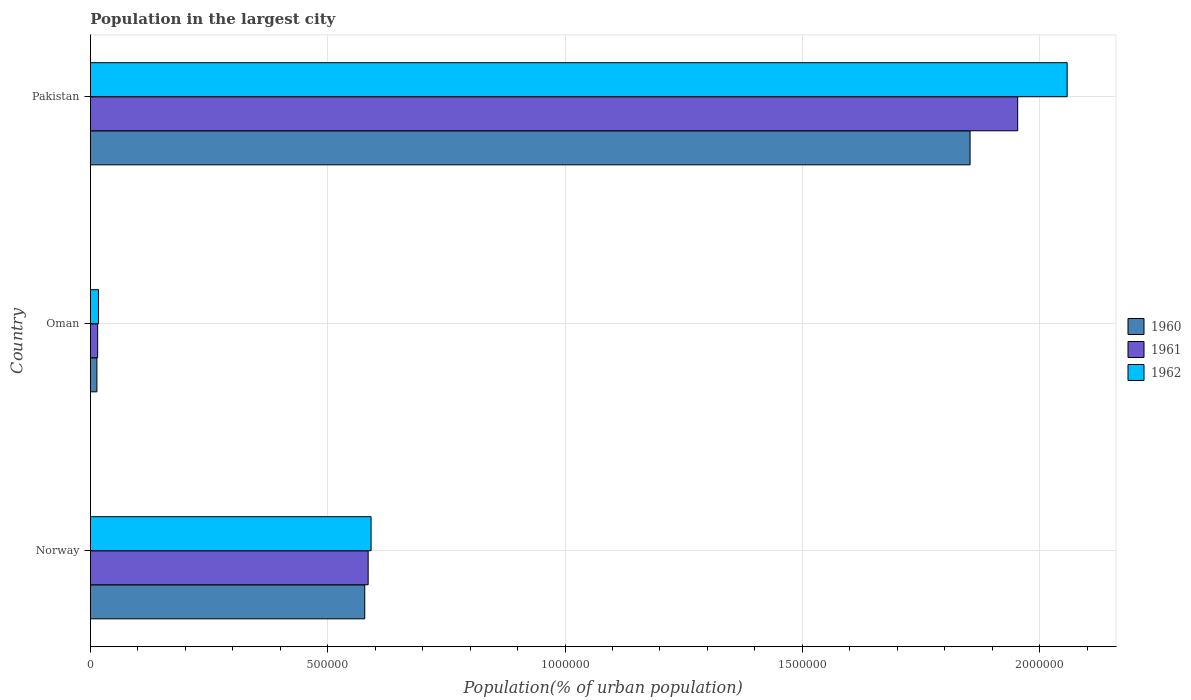
| Country | 1960 | 1961 | 1962 |
 | --- | --- | --- | --- |
 | Norway | 5.78e+05 | 5.85e+05 | 5.91e+05 |
 | Oman | 1.38e+04 | 1.54e+04 | 1.71e+04 |
 | Pakistan | 1.85e+06 | 1.95e+06 | 2.06e+06 |